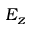
E _ { z }